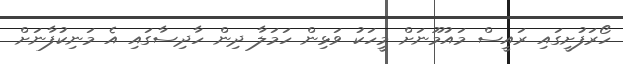
ހޯރަފުށީގައި ރައީސް މައުމޫނަށް މީހަކު ވަޅިން ހަމަލާ ދިން ހާދިސާގައި އެ މަނިކުފާނަށް